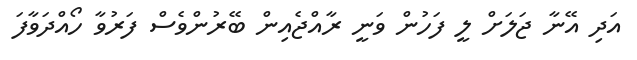
އަދި އޭނާ ޖަލަށް ލީ ފަހުން ވަނީ ރާއްޖެއިން ބޭރުންވެސް ފަރުވާ ހޯއްދަވާފަ